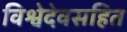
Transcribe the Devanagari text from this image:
विश्वेदेवसहित